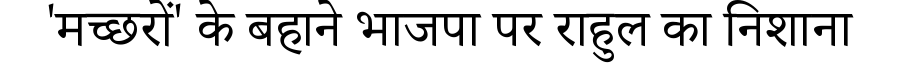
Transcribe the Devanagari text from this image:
'मच्छरों' के बहाने भाजपा पर राहुल का निशाना